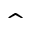
\hat { }